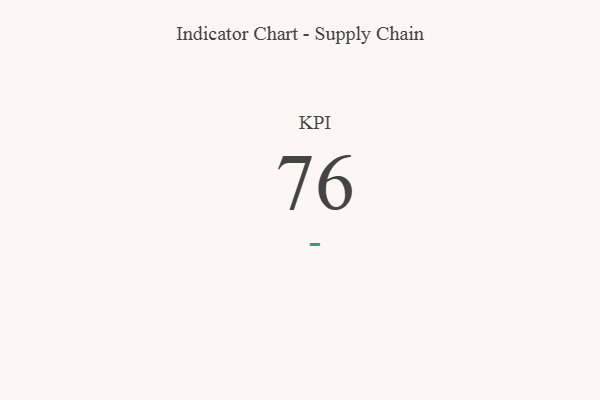
{"axis": {"x": "KPI", "y": "Value"}, "legend": [""], "data": [{"x": "KPI", "y": 76, "type": ""}]}